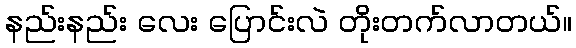
နည်းနည်း လေး ပြောင်းလဲ တိုးတက်လာတယ်။